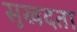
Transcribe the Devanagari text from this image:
सुखदता